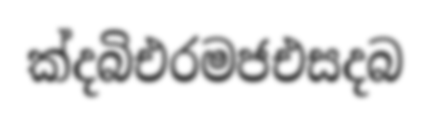
ක්දබිඑරමජඑසදබ